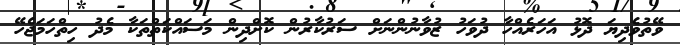
ވޭތުވެދިޔަ ދޮޅު އަހަރެއްހާ ދުވަހު ޒުވާނުންނަށް ސަރުކާރުން ކޮށްދިން މަސައްކަތްތަކާ މެދު ހިތްހަމަޖެހޭ